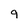
Character: 9